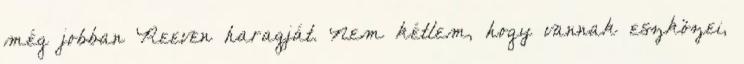
még jobban Reeven haragját. Nem kétlem, hogy vannak eszközei,